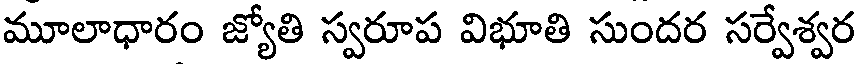
మూలాధారం జ్యోతి స్వరూప విభూతి సుందర సర్వేశ్వర